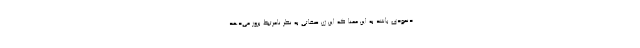
دنمودی باشد به این معنا که این ژن صفاتی به نظر نامرتبط بروز می‌دهد.